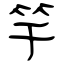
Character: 竿